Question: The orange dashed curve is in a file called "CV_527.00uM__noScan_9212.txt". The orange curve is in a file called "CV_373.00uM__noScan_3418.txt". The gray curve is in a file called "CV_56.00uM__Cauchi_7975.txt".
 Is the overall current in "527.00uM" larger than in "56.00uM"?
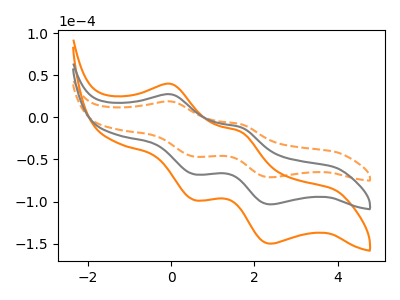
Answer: <think>The orange dashed curve "527.00uM" has anodic peaks at (0.00V, 18.75uA) (1.70V, -8.20uA) and cathodic peaks at (0.55V, -46.55uA) (2.40V, -71.15uA). The orange curve "373.00uM" has anodic peaks at (0.00V, 54.45uA) (1.70V, -23.85uA) and cathodic peaks at (0.55V, -135.15uA) (2.40V, -206.55uA). The gray curve "56.00uM" has anodic peaks at (0.00V, 27.25uA) (1.70V, -11.90uA) and cathodic peaks at (0.55V, -67.60uA) (2.40V, -103.30uA).
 All the peaks in "527.00uM" have a peak in "56.00uM" at the same potential.</think>
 <answer>I cant tell if "527.00uM" or "56.00uM" has more signal.</answer>
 <eval>mixed_signal</eval>